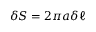
\delta S = 2 \pi a \delta \ell